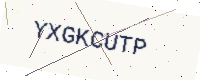
Text: YXGKCUTP